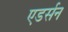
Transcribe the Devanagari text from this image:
एडर्सन